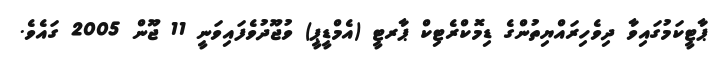
ޕާޓީކަމުގައިވާ ދިވެހިރައްޔިތުންގެ ޑިމޮކްރެޓިކް ޕާރޓީ (އެމްޑީޕީ) ވުޖޫދުވެފައިވަނީ 11 ޖޫން 2005 ގައެވެ.